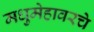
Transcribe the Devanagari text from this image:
मधुमेहावरचे